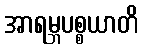
အာရမ္ဘပစ္စယာတိ